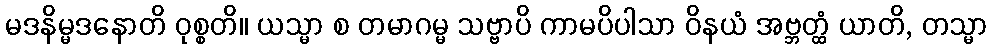
မဒနိမ္မဒနောတိ ဝုစ္စတိ။ ယသ္မာ စ တမာဂမ္မ သဗ္ဗာပိ ကာမပိပါသာ ဝိနယံ အဗ္ဘတ္ထံ ယာတိ, တသ္မာ